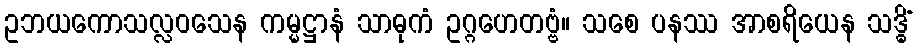
ဥဘယကောသလ္လဝသေန ကမ္မဋ္ဌာနံ သာဓုကံ ဥဂ္ဂဟေတဗ္ဗံ။ သစေ ပနဿ အာစရိယေန သဒ္ဓိံ